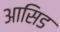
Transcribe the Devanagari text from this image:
आसिड